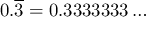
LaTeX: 0 . { \overline { { 3 } } } = 0 . 3 3 3 3 3 3 3 \dots